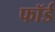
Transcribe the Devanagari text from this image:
फॉर्ड